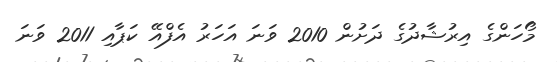
މޯހަންގެ އިރުޝާދުގެ ދަށުން 2010 ވަނަ އަހަރު އެފްއޭ ކަޕާއި 2011 ވަނަ